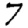
Digit: 7